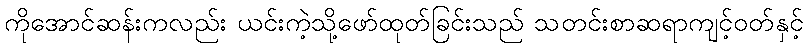
ကိုအောင်ဆန်းကလည်း ယင်းကဲ့သို့ဖော်ထုတ်ခြင်းသည် သတင်းစာဆရာကျင့်ဝတ်နှင့်